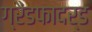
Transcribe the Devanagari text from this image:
ग्रैंडफादर्ड